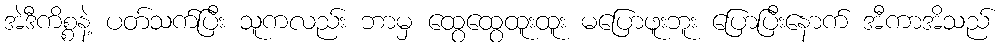
အဲဒီကိစ္စနဲ့ ပတ်သက်ပြီး သူကလည်း ဘာမှ ထွေထွေထူးထူး မပြောဖူးဘူး ပြောပြီးနောက် အီကာအိသည်